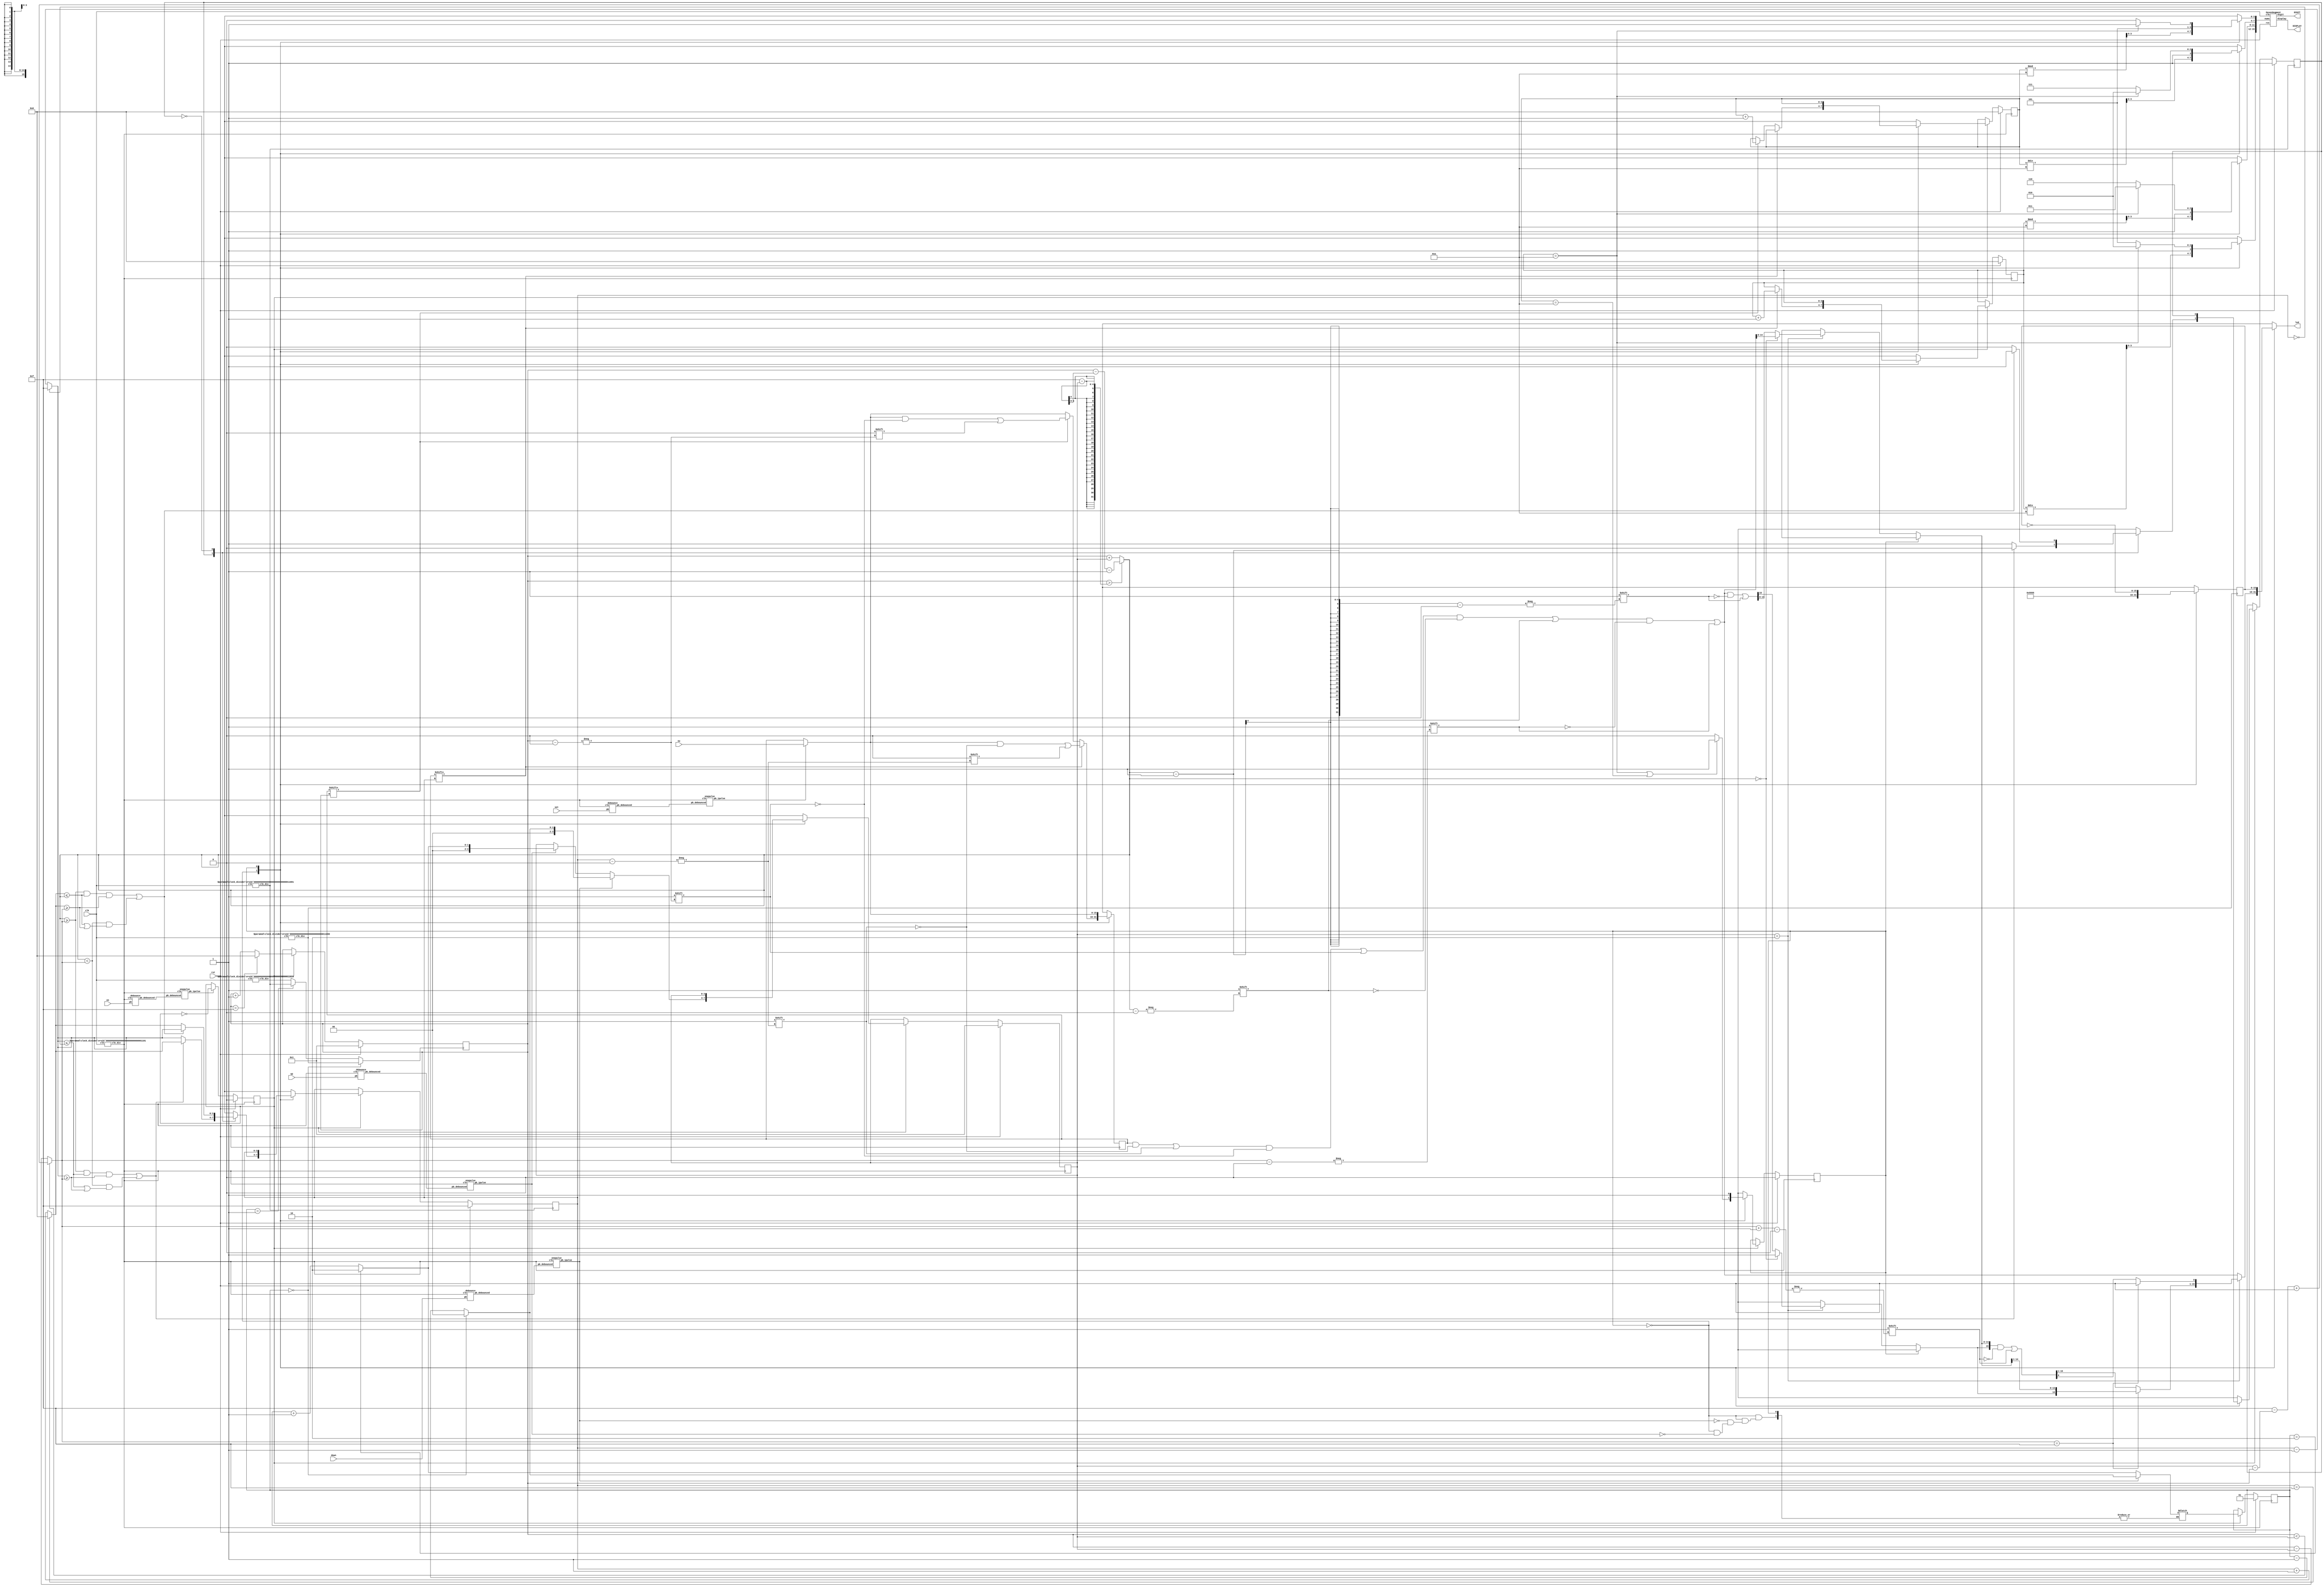
// <Student_ID> <Name>

// e.g. 110123456 
// Add your ID and name to FIRST line of file, or you will get 5 points penalty

module exam1_C(
    input wire clk, // 100Mhz clock
    input wire rst,
    input wire en,
    input wire set,
    input wire up,
    input wire down,
    input wire [15:0] sw,
    output wire [3:0] DIGIT,
    output wire [6:0] DISPLAY,
    output reg [15:0] led
);
    //Your design here
    
    // parameter
    parameter START = 1'b0;
    parameter FINISH = 1'b1;
    
    parameter LEFT = 1'b0;
    parameter RIGHT = 1'b1;
    
    // variable
    reg [15:0] flags = 0, next_flags;
    
    reg [3:0] ai_point, next_ai_point;
    reg [3:0] player_point, next_player_point;
    
    reg [3:0] ai_pos, next_ai_pos;
    reg ai_dir, next_ai_dir;
    
    reg [3:0] player_pos, next_player_pos;
    reg [3:0] player_size, next_player_size;
    reg [3:0] player_left, player_right; // tmp variables
    
    reg state, next_state;
    reg [1:0] mode, next_mode;
    
    // clk
    wire clk_div_13, clk_div_25, clk_div_24, clk_div_26;
    clock_divider #(13) c1(.clk(clk), .clk_div(clk_div_13));
    clock_divider #(24) c2(.clk(clk), .clk_div(clk_div_24));
    clock_divider #(25) c3(.clk(clk), .clk_div(clk_div_25));
    clock_divider #(26) c4(.clk(clk), .clk_div(clk_div_26));
    
    wire player_clk = (mode == 0) ? clk_div_24 : (mode == 1 ? clk_div_25 : clk_div_26);
    
    // one-pulse
    wire en_db, en_p, set_db, set_p, up_db, up_p, down_db, down_p;
    
    debounce d1 (.pb_debounced(en_db), .pb(en), .clk(clk_div_13));
    debounce d2 (.pb_debounced(set_db), .pb(set), .clk(clk_div_13));
    debounce d3 (.pb_debounced(up_db), .pb(up), .clk(clk_div_13));
    debounce d4 (.pb_debounced(down_db), .pb(down), .clk(clk_div_13));
    
    onepulse o1(.pb_debounced(en_db), .clk(clk_div_13), .pb_1pulse(en_p));
    onepulse o2(.pb_debounced(set_db), .clk(clk_div_13), .pb_1pulse(set_p));
    onepulse o3(.pb_debounced(up_db), .clk(clk_div_13), .pb_1pulse(up_p));
    onepulse o4(.pb_debounced(down_db), .clk(clk_div_13), .pb_1pulse(down_p));
    
    // digit 
    reg [15:0] nums;
	SevenSegment ss(.display(DISPLAY), .digit(DIGIT), .nums(nums), .rst(rst), .clk(clk));
	
	always @(*) begin
		case (state)
			START: begin
				nums[15:12] = ai_point / 10;
				nums[11:8] = ai_point % 10;
				nums[7:4] = player_point / 10;
				nums[3:0] = player_point % 10;
			end
			FINISH: begin
				nums[15:12] = (ai_point == 10) ? 10 : 13;
				nums[11:8] = (ai_point == 10) ? 11 : 14;
				nums[7:4] = (ai_point == 10) ? 10 : 15;
				nums[3:0] = (ai_point == 10) ? 11 : 10;
			end
		endcase
	end
    
    // led finish
    reg [15:0] pattern;
    
    always @(posedge clk_div_24) begin
    	case (state)
    		START: pattern <= 16'b0101_0101_0101_0101;
    		FINISH: pattern <= ~pattern;
    	endcase
    end
    
    // enable signal
    reg enable = 0;
    always @(posedge clk_div_13) begin
    	if (rst == 1) begin
    		enable <= 0;
    	end
    	else if (en_p == 1) enable <= ~enable;
    end
    
    // DFF: flags (no rst, en)
    always @(posedge clk_div_13) begin
    	flags <= next_flags;
    end
 
    // DFF: state, mode, player_size
    always @(posedge clk_div_13) begin
    	if (rst == 1) begin
    		state <= START;
    		mode <= 1;
    		player_size <= 1; // on 1 side
    	end
    	else if (enable == 1) begin
    		state <= next_state;
    		mode <= next_mode;
    		player_size <= next_player_size;
    	end
    end
    
    // DFF: player_point, player_pos
    always @(posedge player_clk) begin
    	if (rst == 1) begin
    		player_pos <= 1;
    	end
    	else if (enable == 1) begin
    		player_pos <= next_player_pos;
    	end
    end
    
    always @(posedge clk_div_13) begin
    	if (rst == 1) begin
    		player_point <= 0;
    		ai_point <= 0;
    	end 
    	else if (enable == 1) begin
    		player_point <= next_player_point;
    		ai_point <= next_ai_point;
    	end
    end
    
    // DFF: ai_pos, ai_dir
    always @(posedge clk_div_25) begin
    	if (rst == 1) begin
    		ai_pos <= 15;
    		ai_dir <= RIGHT;
    	end
    	else if (enable == 1) begin
    		ai_pos <= next_ai_pos;
    		ai_dir <= next_ai_dir;
    	end
    end
    
    
    // Combinational
    always @(*) begin
    	// default
    	next_flags = flags;
    	next_state = state;
    	next_ai_point = ai_point;
    	next_ai_pos = ai_pos;
    	next_ai_dir = ai_dir;
    	next_player_pos = (player_pos == 15) ? 0 : player_pos + 1;
    	next_player_point = player_point;
    	next_player_size = player_size;
    	
    	// flag
    	if (set_p == 1) next_flags = sw;
    	
    	player_left = (player_pos > 15 - player_size) ? player_pos - (15 - player_size) - 1 : player_pos + player_size;
    	player_right = (player_pos < player_size) ? 15 - (player_size - player_pos) + 1 : player_pos - player_size; 
    	
    	// states
    	case (state)
    		START: begin
    			// state
    			if (ai_point == 10 || player_point == 10) begin
    				next_state = FINISH;
    			end
    			
    			if (up_p == 1) begin
    				next_mode = (mode == 2) ? 2 : mode + 1;
    				next_player_size = next_mode;
    			end 
    			if (down_p == 1) begin
    				next_mode = (mode == 0) ? 0 : mode - 1;
    				next_player_size = next_mode;
    			end
    			
    			case (ai_dir)
    				RIGHT: begin
    				 	next_ai_pos = (ai_pos == 0) ? 15 : ai_pos - 1;
    				 	if ((player_left >= player_right && next_ai_pos <= player_left && next_ai_pos >= player_right)
    				 	    || (player_left < player_right && (next_ai_pos <= player_left || next_ai_pos >= player_right))) begin
    				 	   
    				 		next_ai_dir = LEFT;
    				 		next_ai_pos = (ai_pos == 15) ? 0 : ai_pos + 1;
    				 	end
    				end
    				LEFT: begin
    					next_ai_pos = (ai_pos == 15) ? 0 : ai_pos + 1;
    				 	if ((player_left >= player_right && next_ai_pos <= player_left && next_ai_pos >= player_right)
    				 	    || (player_left < player_right && (next_ai_pos <= player_left || next_ai_pos >= player_right))) begin
    				 	   
    				 		next_ai_dir = RIGHT;
    				 		next_ai_pos = (ai_pos == 0) ? 15 : ai_pos - 1;
    				 	end
    				end
    			endcase
    			
    			if (flags[ai_pos] == 1) begin
    				next_ai_point = ai_point + 1;
    				next_flags[ai_pos] = 0;
    			end
    			else if (flags[player_pos] == 1) begin
    				next_player_point = player_point + 1;
    				next_flags[player_pos] = 0;
    			end
    			
    			led = flags;
    			led[ai_pos] = 1;
    			led[player_pos] = 1;
    			led[player_left] = 1;
    			led[player_right] = 1;
    			if (player_size == 2) begin
    				if (player_left == 0) led[15] = 1;
    				else led[player_left - 1] = 1;
    				
    				if (player_right == 15) led[0] = 1;
    				else led[player_right + 1] = 1;
    			end
    		end
    		FINISH: begin
    			led = pattern;
    		end
    	endcase
    
    end

endmodule

// You can modify below modules I/O or content if needed.
// Also you can add any module you need.
// Make sure you include all modules you used in this file.

module SevenSegment(
	output reg [6:0] display,
	output reg [3:0] digit,
	input wire [15:0] nums,
	input wire rst,
	input wire clk
);
    
    reg [15:0] clk_divider;
    reg [3:0] display_num;
    
    always @ (posedge clk, posedge rst) begin
    	if (rst) begin
    		clk_divider <= 15'b0;
    	end else begin
    		clk_divider <= clk_divider + 15'b1;
    	end
    end
    
    always @ (posedge clk_divider[15], posedge rst) begin
    	if (rst) begin
    		display_num <= 4'b0000;
    		digit <= 4'b1111;
    	end else begin
    		case (digit)
    			4'b1110 : begin
    					display_num <= nums[7:4];
    					digit <= 4'b1101;
    				end
    			4'b1101 : begin
						display_num <= nums[11:8];
						digit <= 4'b1011;
					end
    			4'b1011 : begin
						display_num <= nums[15:12];
						digit <= 4'b0111;
					end
    			4'b0111 : begin
						display_num <= nums[3:0];
						digit <= 4'b1110;
					end
    			default : begin
						display_num <= nums[3:0];
						digit <= 4'b1110;
					end				
    		endcase
    	end
    end
    
    always @ (*) begin
    	case (display_num)
    		0 : display = 7'b1000000;	//0000
			1 : display = 7'b1111001;   //0001
			2 : display = 7'b0100100;   //0010
			3 : display = 7'b0110000;   //0011
			4 : display = 7'b0011001;   //0100
			5 : display = 7'b0010010;   //0101
			6 : display = 7'b0000010;   //0110
			7 : display = 7'b1111000;   //0111
			8 : display = 7'b0000000;   //1000
			9 : display = 7'b0010000;	//1001
			10: display = 7'b0001000;	//A,R
			11: display = 7'b1111001;	//I
			13: display = 7'b1000001;	//U
			14: display = 7'b0010010;	//S
			15: display = 7'b0000110;	//E
			default : display = 7'b1111111;
    	endcase
    end
    
endmodule

module clock_divider #(parameter n = 26) (clk, clk_div);   
    input clk;   
    output clk_div;   
    
    reg [n-1:0] num;
    wire [n-1:0] next_num;
    
    always@(posedge clk)begin
    	num <= next_num;
    end
    
    assign next_num = num +1;
    assign clk_div = num[n-1];
    
endmodule

module debounce (pb_debounced, pb, clk); 
	output pb_debounced;
	input pb;
	input clk; 
	reg [3:0] DFF;
	always @(posedge clk) begin 
		DFF[3:1] <= DFF[2:0]; 
		DFF[0] <= pb; 
	end
	assign pb_debounced = ((DFF == 4'b1111) ? 1'b1 : 1'b0);

endmodule

module onepulse(pb_debounced, clk, pb_1pulse);	
	input pb_debounced;	
	input clk;	
	output pb_1pulse;	

	reg pb_1pulse;	
	reg pb_debounced_delay;	

	always@(posedge clk) begin
		pb_1pulse <= pb_debounced & (! pb_debounced_delay);
		pb_debounced_delay <= pb_debounced;
	end	
endmodule